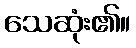
သေဆုံး၏။